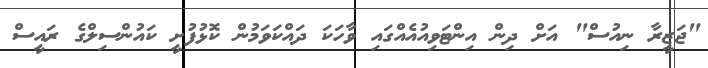
"ޖަޒީރާ ނިއުސް" އަށް ދިން އިންޓަވިއުއެއްގައި ވާހަކަ ދައްކަވަމުން ކޮޅުފުށީ ކައުންސިލްގެ ރައީސް